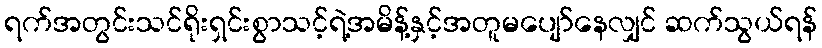
ရက်အတွင်းသင်ရိုးရှင်းစွာသင့်ရဲ့အမိန့်နှင့်အတူမပျော်နေလျှင် ဆက်သွယ်ရန်